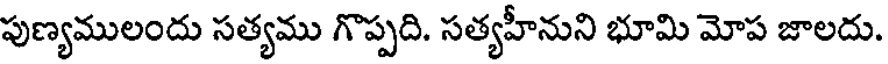
పుణ్యములందు సత్యము గొప్పది. సత్యహీనుని భూమి మోప జాలదు.